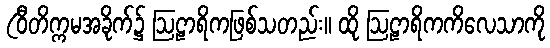
(ဝီတိက္ကမအခိုက်၌ ဩဠာရိကဖြစ်သတည်း။ ထို ဩဠာရိကကိလေသာကို